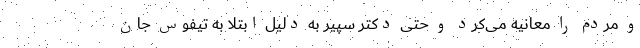
و مردم را معانیه می‌کرد و حتی دکتر سپیر به دلیل ابتلا به تیفوس جان